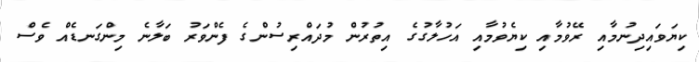
ކިޔަވައިދިނުމާއި ރޭވުމާއި ކިޔެވުމާއި އަހުލާގުގެ އިތުރުން މުދައްރިސުންގެ ފެންވަރު ބަލާނެ މިންގަނޑެއް ވެސް